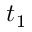
t _ { 1 }